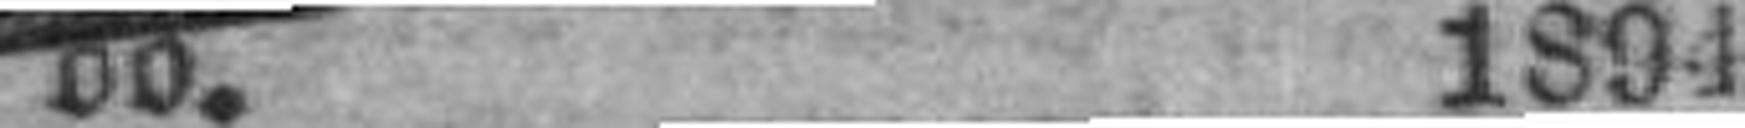
do. 1894